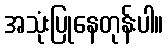
အသုံးပြုနေတုန်းပါ။